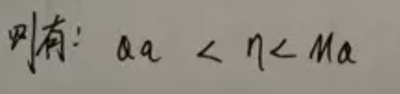
则有：$a\alpha<\eta<M\alpha$